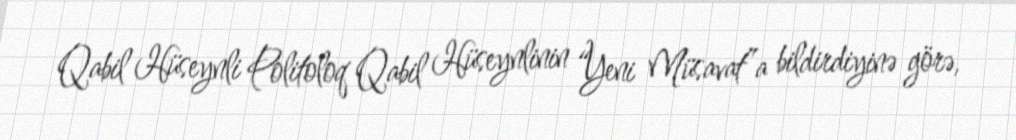
Qabil Hüseynli Politoloq Qabil Hüseynlinin “Yeni Müsavat”a bildirdiyinə görə,